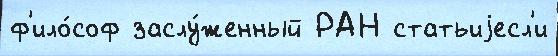
ф'ило́соф заслу́женный РАН статьиjесл'и